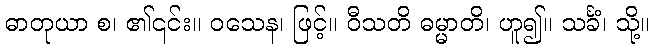
ဓာတုယာ စ၊ ၏၎င်း။ ဝသေန၊ ဖြင့်။ ဝီသတိ ဓမ္မာတိ၊ ဟူ၍။ သင်္ခံ၊ သို့။